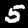
Label: 5